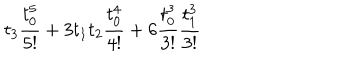
t _ { 3 } \frac { t _ { 0 } ^ { 5 } } { 5 ! } + 3 t _ { 1 } t _ { 2 } \frac { t _ { 0 } ^ { 4 } } { 4 ! } + 6 \frac { t _ { 0 } ^ { 3 } } { 3 ! } \frac { t _ { 1 } ^ { 3 } } { 3 ! }